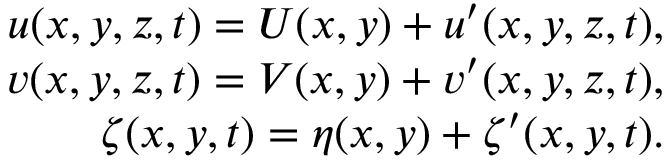
\begin{array} { r } { u ( x , y , z , t ) = U ( x , y ) + u ^ { \prime } ( x , y , z , t ) , } \\ { v ( x , y , z , t ) = V ( x , y ) + v ^ { \prime } ( x , y , z , t ) , } \\ { \zeta ( x , y , t ) = \eta ( x , y ) + \zeta ^ { \prime } ( x , y , t ) . } \end{array}